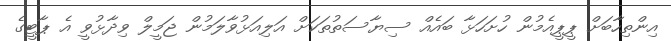
އިންތިހާބަށް ޕީޕީއެމުން ހުށަހަޅާ ބައެއް ސިޔާސަތުތަކަށް އަލިއަޅުވާލަމުން ޖަމީލް ވިދާޅުވީ އެ ޕާޓީގެ